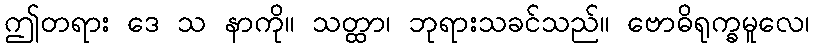
ဤတရား ဒေ သ နာကို။ သတ္ထာ၊ ဘုရားသခင်သည်။ ဗောဓိရုက္ခမူလေ၊